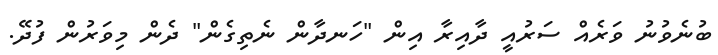
ބުނެވުނު ވަރެއް ސަރުއީ ދާއިރާ އިން "ހަނދާން ނެތިގެން" ދެން މިވަރުން ފުދޭ.